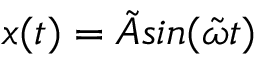
x ( t ) = \tilde { A } s i n ( \tilde { \omega } t )